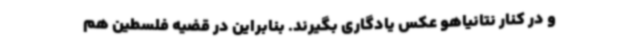
و در کنار نتانیاهو عکس یادگاری بگیرند. بنابراین در قضیه فلسطین هم